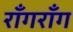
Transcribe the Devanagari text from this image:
राँगराँग